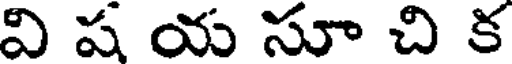
వి ష య సూ చి క